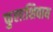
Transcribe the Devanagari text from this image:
फुलाशिवाय